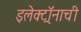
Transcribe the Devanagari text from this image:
इलेक्ट्रॉनाची